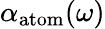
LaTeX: \alpha_{\mathrm{atom}}(\omega)